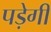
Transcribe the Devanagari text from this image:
पड़ेगीं